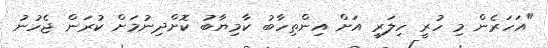
"އަހަރެން މި ހުރީ ހިލަރީ އަށް އިންތިހާބު ކާމިޔާބު ކޮށްދިނުމަށް ކުރަން ޖެހުނު